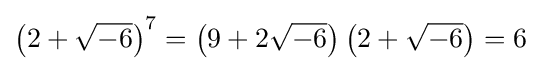
\left(2+{\sqrt {-6}}\right)^{7}=\left(9+2{\sqrt {-6}}\right)\left(2+{\sqrt {-6}}\right)=6